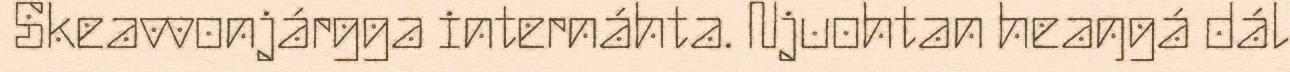
Skeavvonjárgga internáhta. Njuohtan heaŋgá dál